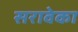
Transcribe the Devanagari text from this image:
सरावेका